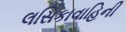
લસિકાવાહિની